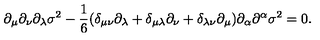
\partial _ { \mu } \partial _ { \nu } \partial _ { \lambda } \sigma ^ { 2 } - \frac { 1 } { 6 } ( \delta _ { \mu \nu } \partial _ { \lambda } + \delta _ { \mu \lambda } \partial _ { \nu } + \delta _ { \lambda \nu } \partial _ { \mu } ) \partial _ { \alpha } \partial ^ { \alpha } \sigma ^ { 2 } = 0 .